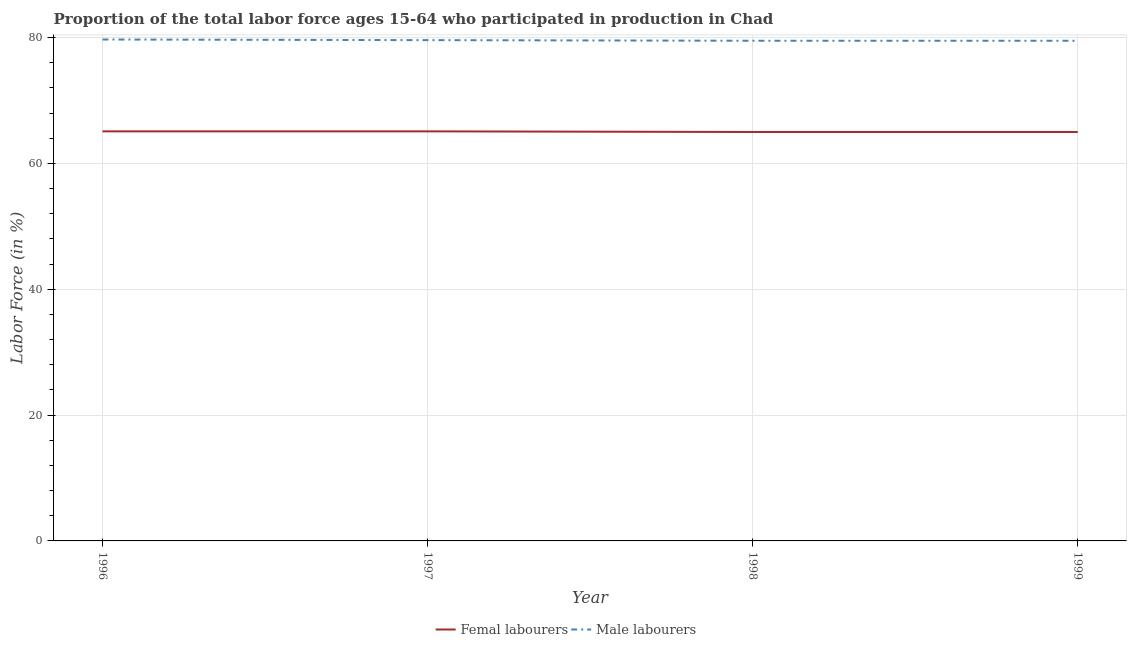
| Year | Femal labourers | Male labourers |
 | --- | --- | --- |
 | 1996 | 65.1 | 79.7 |
 | 1997 | 65.1 | 79.6 |
 | 1998 | 65 | 79.5 |
 | 1999 | 65 | 79.5 |